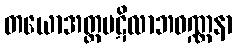
တယောအတ္တပဋိလာဘဝဏ္ဏနာ